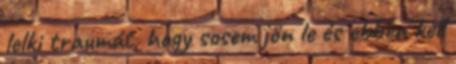
lelki traumát, hogy sosem jön le és ebben kell